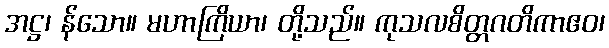
အဋ္ဌ၊ န်သော။ မဟာကြိယာ၊ တို့သည်။ ကုသလစိတ္တဂတိကာဧဝ၊